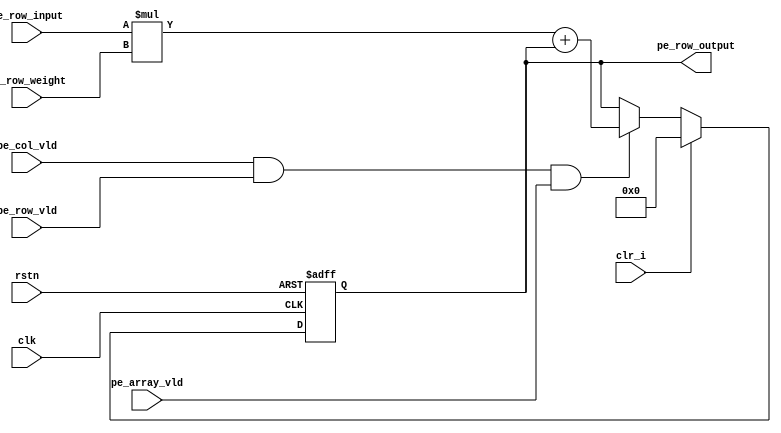
/*************************************************************************
    > File Name: pe.v
    > Author: kehongbo
    > Mail:
    > Created Time: Sun 6 Aug 2023 12:03:22 PM CST
    > Description:
 ************************************************************************/


//------------------------------------------------------------------------------
  //
  //  Description    : add signed  number proc

  
//------------------------------------------------------------------------------
module pe#(
    parameter FEATURE_WD                    = 8,
    parameter WEIGHT_WD                     = 8,
    parameter PE_OUTPUT_WD                  = 18
    )
    (
    input                                   clk             ,
    input                                   rstn            ,  
    input                                   clr_i           ,
    input   signed [FEATURE_WD        -1: 0]       pe_row_input    ,
    input   signed [WEIGHT_WD         -1: 0]       pe_row_weight   ,
    output  [PE_OUTPUT_WD      -1: 0]       pe_row_output   ,
    input   [1                  -1: 0]      pe_col_vld      ,
    input   [1                  -1: 0]      pe_row_vld      ,
    input   [1                  -1: 0]      pe_array_vld
);

reg      signed [PE_OUTPUT_WD                   -1: 0]      pe_out_r    ;
wire                                                        accum_ena_w ;
(*use_dsp = "yes"*)wire     signed [PE_OUTPUT_WD         : 0]      prod_w      ;

assign accum_ena_w                               = pe_col_vld & pe_row_vld & pe_array_vld;
assign prod_w                    =  pe_row_input * pe_row_weight + pe_out_r;
always @(posedge clk or negedge rstn) begin
    if(!rstn)   begin
            pe_out_r    <=  'd0               ;
    end
    else begin
        if(clr_i)
            pe_out_r    <=  'd0               ;
        else if(accum_ena_w)
            pe_out_r    <=  prod_w;
    end
end

assign pe_row_output = pe_out_r;


endmodule